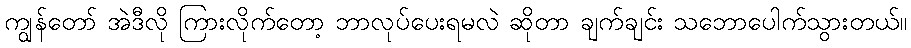
ကျွန်တော် အဲဒီလို ကြားလိုက်တော့ ဘာလုပ်ပေးရမလဲ ဆိုတာ ချက်ချင်း သဘောပေါက်သွားတယ်။